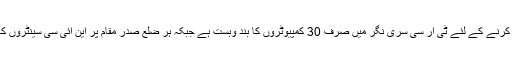
ساؤتھ ایشین وائر کے مطابق انتظامیہ کی طرف سے 24 ہزار امیدواروں کو آن لائن فارم جمع کرنے کے لئے ٹی آر سی سری نگر میں صرف 30 کمپیوٹروں کا بند وبست ہے جبکہ ہر ضلع صدر مقام پر این آئی سی سینٹروں کا قیام عمل میں لایا گیا ہے لیکن ان سینٹروں میں تاجروں اور دیگر لوگوں کا بھی رش رہتا ہے۔